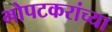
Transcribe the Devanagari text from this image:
भोपटकरांच्या